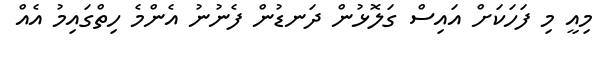
މިއީ މި ފަހަކަށް އައިސް ގަލޮޅުން ދަނޑުން ފެނުނު އެންމެ ހިތްގައިމު އެއް